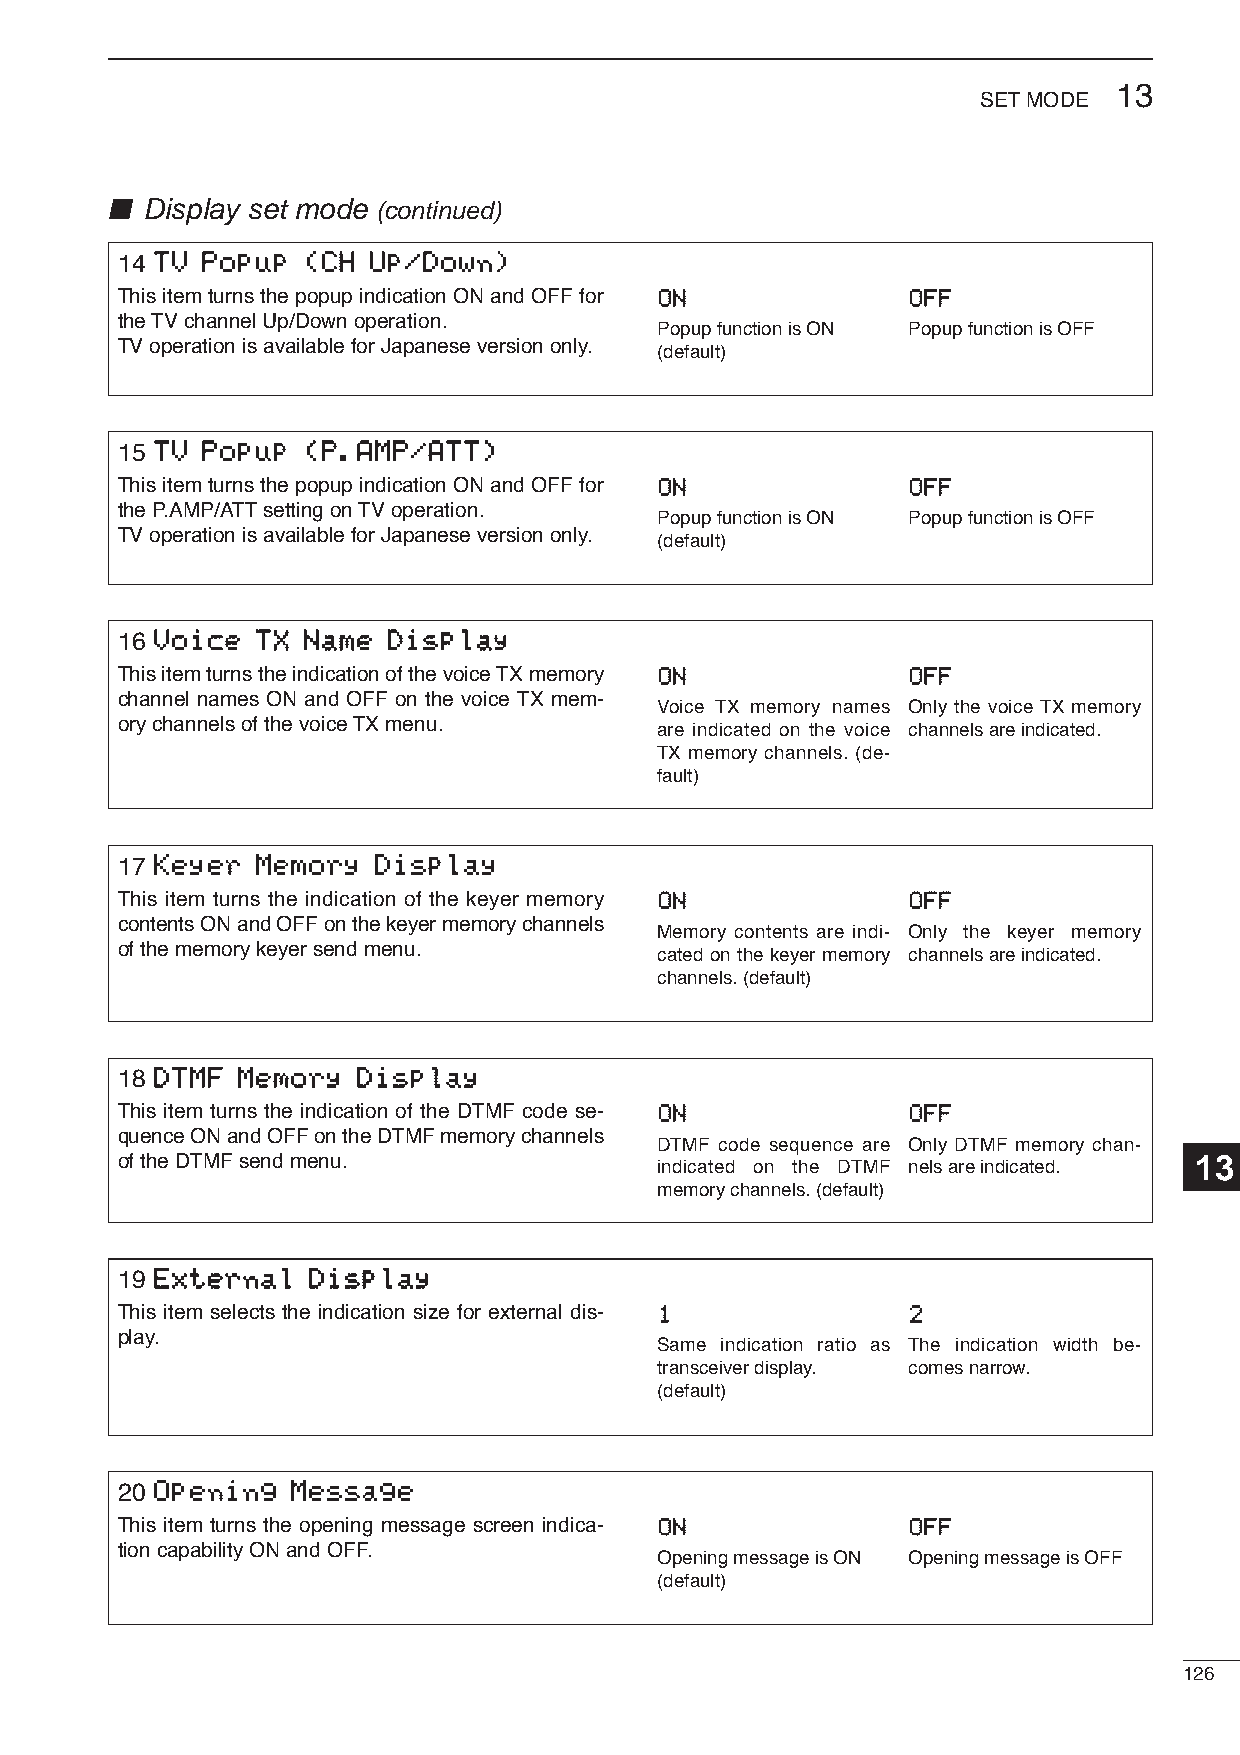
13
 SETMODE
 ■ Display set mode (continued)
 14 TTVV PPooppuupp ((CCHH UUpp//DDoowwnn))
 This item turns the popup indication ON and OFF for OONN OOFFFF
 the TV channel Up/Down operation.
 Popup function is ON Popup function is OFF
 TV operation is available for Japanese version only.
 (default)
 15 TTVV PPooppuupp ((PP..AAMMPP//AATTTT))
 This item turns the popup indication ON and OFF for OONN OOFFFF
 the P.AMP/ATTsetting on TV operation.
 Popup function is ON Popup function is OFF
 TV operation is available for Japanese version only.
 (default)
 16 VVooiiccee TTXX NNaammee DDiissppllaayy
 This item turns the indication of the voice TX memory OONN OOFFFF
 channel names ON and OFF on the voice TX mem-
 Voice TX memory names Only the voice TX memory
 ory channels of the voice TX menu.
 are indicated on the voice channels are indicated.
 TX memory channels. (de-
 fault)
 17 KKeeyyeerr MMeemmoorryy DDiissppllaayy
 This item turns the indication of the keyer memory OONN OOFFFF
 contents ON and OFF on the keyer memory channels
 Memory contents are indi- Only the keyer memory
 of the memory keyer send menu.
 cated on the keyer memory channels are indicated.
 channels. (default)
 18 DDTTMMFF MMeemmoorryy DDiissppllaayy
 This item turns the indication of the DTMF code se- OONN OOFFFF
 quence ON and OFF on the DTMF memory channels
 DTMF code sequence are Only DTMF memory chan-
 of the DTMF send menu.                                                 13
 indicated on the DTMF nels are indicated.
 memory channels. (default)
 19 EExxtteerrnnaall DDiissppllaayy
 This item selects the indication size for external dis- 11 22
 play.
 Same indication ratio as The indication width be-
 transceiver display. comes narrow.
 (default)
 20 OOppeenniinngg MMeessssaaggee
 This item turns the opening message screen indica- OONN OOFFFF
 tion capability ON and OFF.
 Opening message is ON Opening message is OFF
 (default)
 126